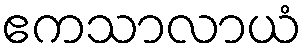
ဧကသာလာယံ